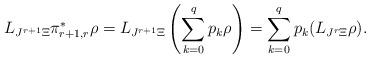
LaTeX: \begin{gather*}L_{J^{r+1}\Xi} \pi_{r+1,r}^* \rho = L_{J^{r+1}\Xi} \left( \sum_{k=0}^q p_k \rho \right) = \sum_{k=0}^q p_k (L_{J^{r}\Xi} \rho) .\end{gather*}